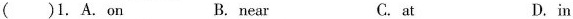
( )1. A. On B. near C. at D. in